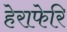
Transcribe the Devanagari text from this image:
हेराफेरि